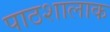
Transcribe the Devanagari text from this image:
पाठशालाक